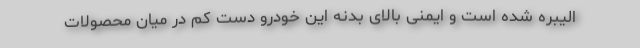
الیبره شده است و ایمنی بالای بدنه این خودرو دست کم در میان محصولات